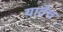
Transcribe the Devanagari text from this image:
यावेच